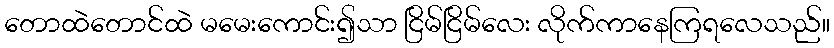
တောထဲတောင်ထဲ မမေးကောင်း၍သာ ငြိမ်ငြိမ်လေး လိုက်ကာနေကြရလေသည်။